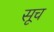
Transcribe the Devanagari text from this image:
सूच